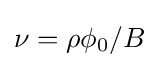
\nu =\rho \phi _{0}/B